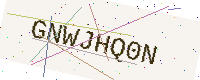
Text: GNWJHQ0N